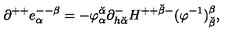
\partial ^ { + + } e _ { \alpha } ^ { -- \beta } = - \varphi _ { \alpha } ^ { \breve { \alpha } } \partial _ { h { \breve { \alpha } } } ^ { - } H ^ { + + { \breve { \beta } } - } ( \varphi ^ { - 1 } ) _ { \breve { \beta } } ^ { \beta } ,